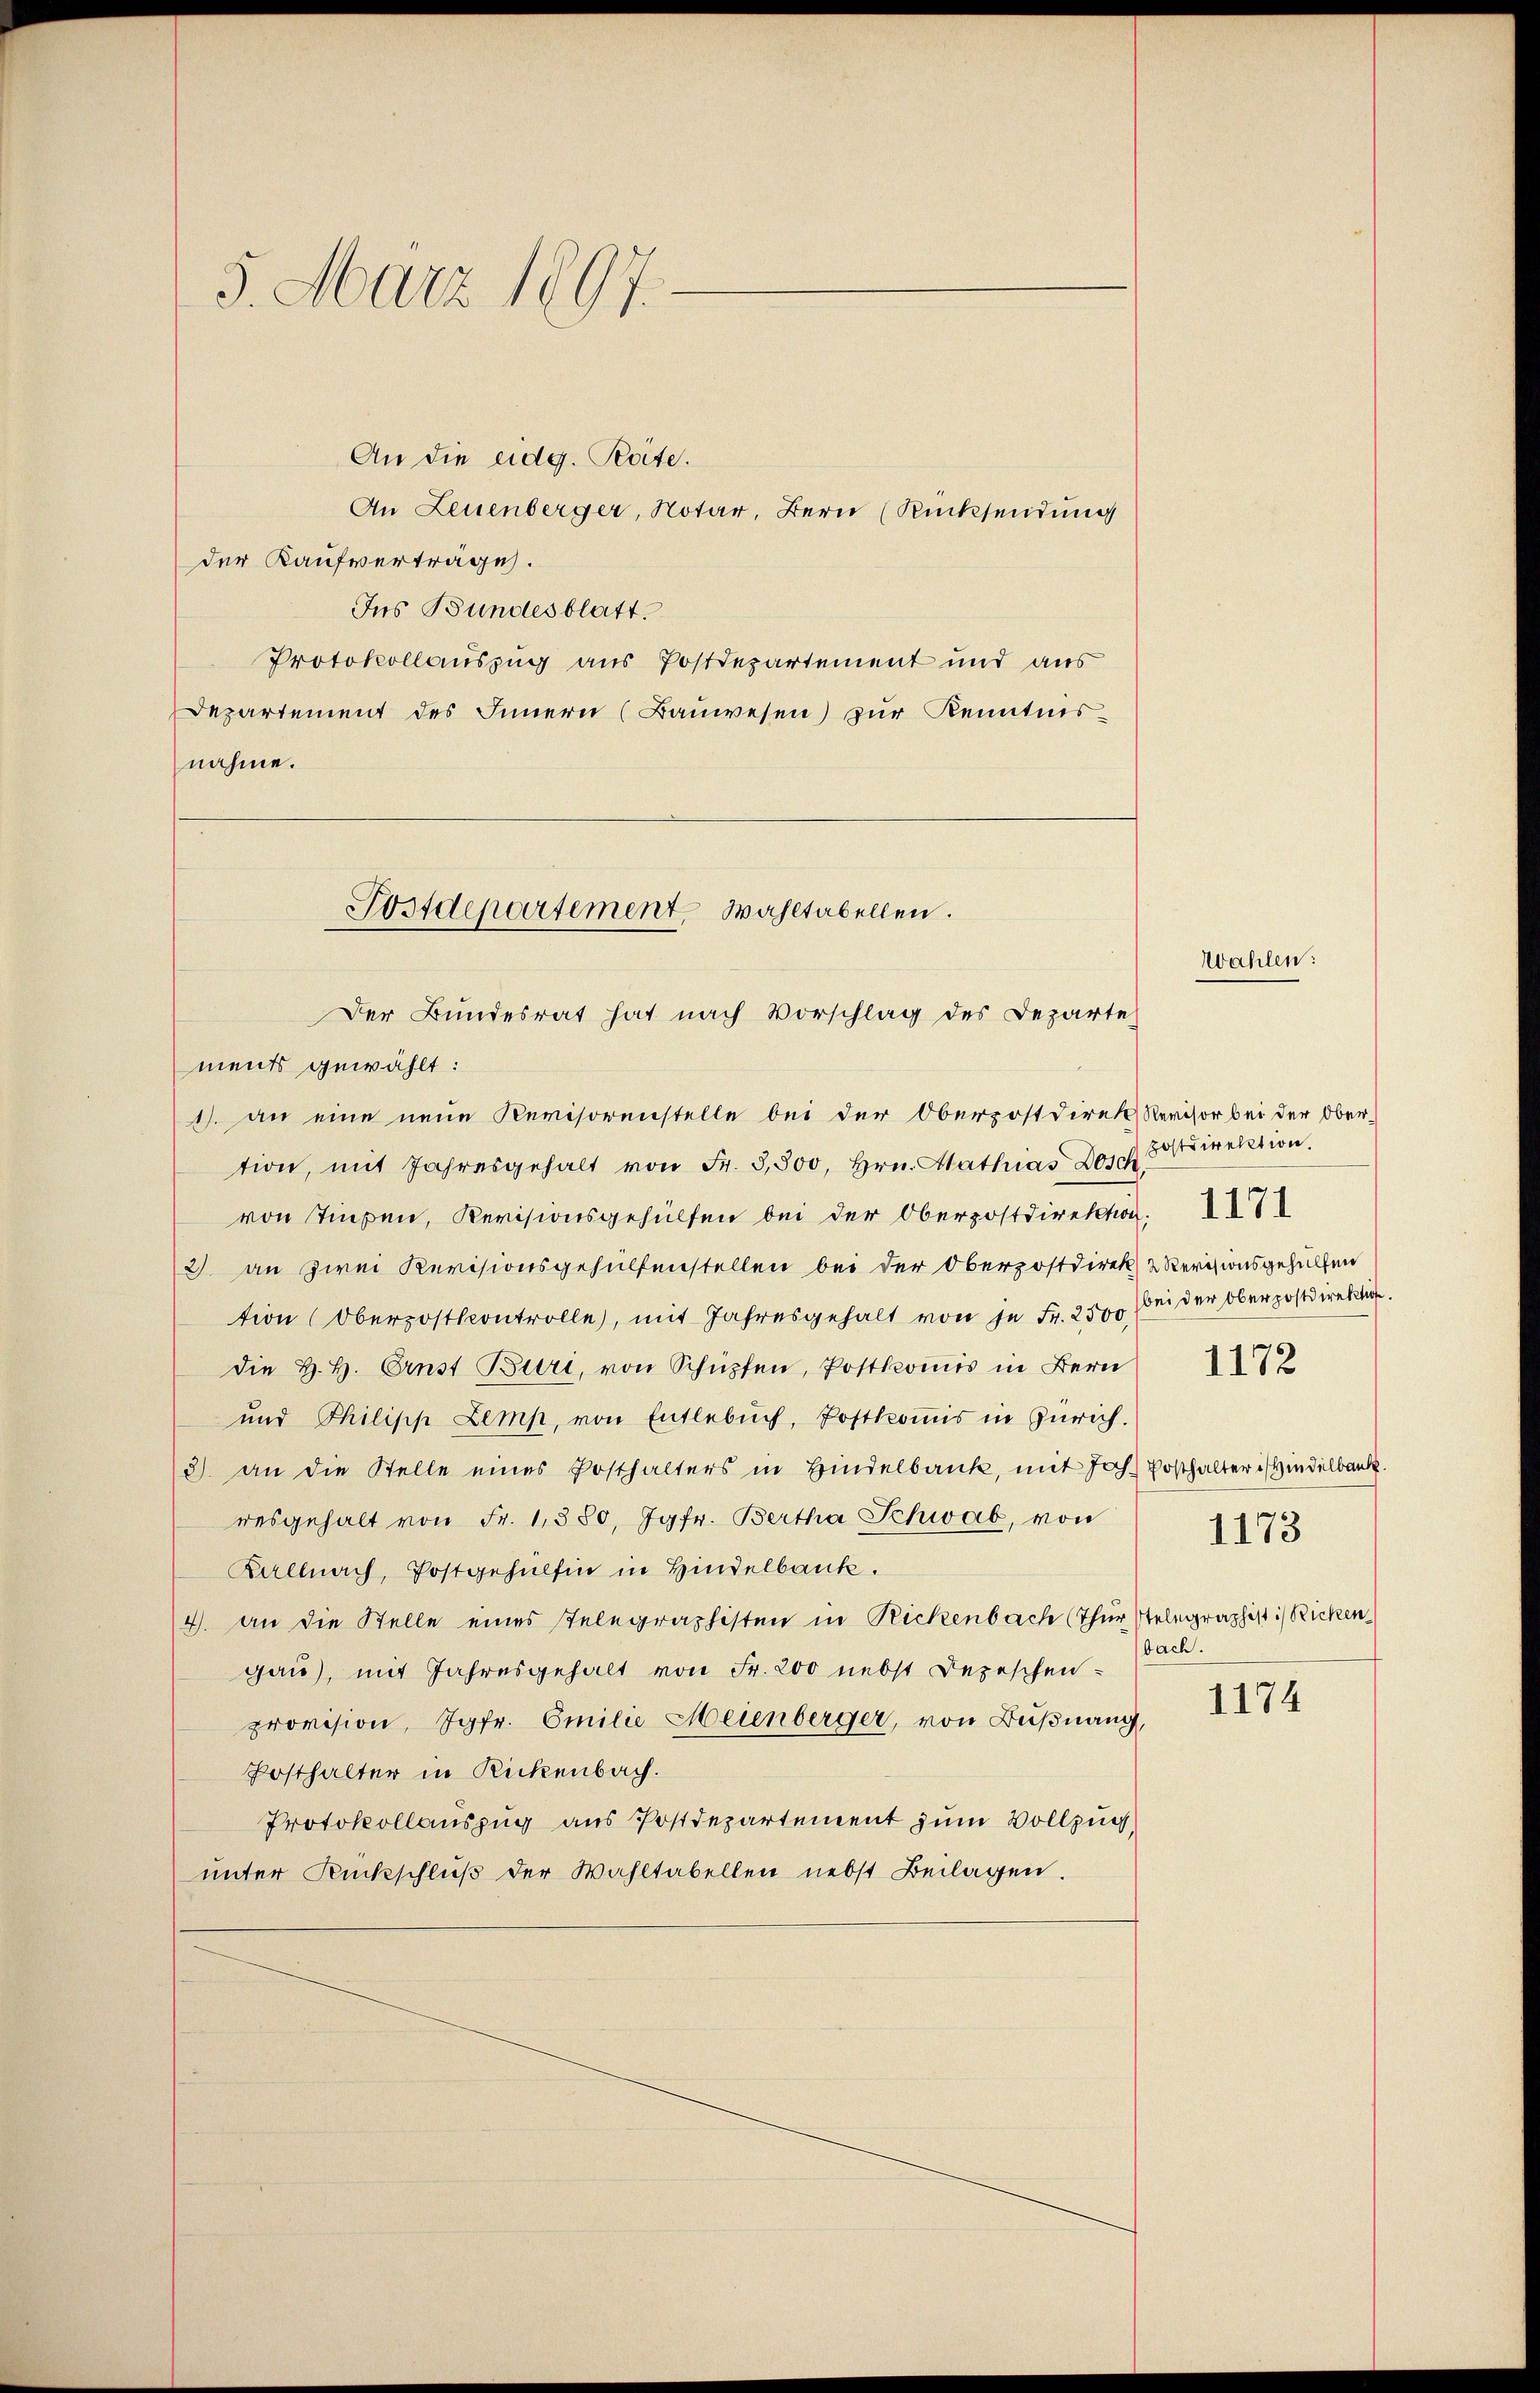
5. März 1897.

An die eidg. Roite.
An Leuenberger, Notar, Bern (Rücksendung
der Kaufverträge.
Ins Bundesblatt.
Protokollauszug aus Postdepartement und aus
Departement des Innern (Bauwesen) zur Kenntnis-
nahme.

Postdepartement Wahltabellen.
Der Bundesrat hat nach Vorschlag des Departe
ments gewählt:

1). An eine neue Revisorenstelle bei der Oberpostdirek Revisor bei der Ober-
tion, mit Jahresgehalt von Fr. 3,500, Hrn. Mathias Dosch
von Tiesen, Revisionsgehülfen bei der Oberpostdirektion
2) an zwei Revisionsgehülfenstellen bei der Oberzostdirek & Revisionsgehülfen
tion (Oberpostkontrolle, mit Jahresgehalt von je Fr. 2500.
die H. H. Ernst Buri, von Schüpfen, Postkomis in Bern
und Philipp Zemp, von Entlebŭch, Postkoṁis in Zürich.
3) an die Stelle eines Posthalters in Hindelbank, mit Joh. Posthalters Hindelbank.
resgehalt von Fr. 1380, Jgfr. Bertha Schwab, von
Kallnach, Postgehülfen in Hindelbank.
4. an die Stelle eines Telegraphisten in Rickenbach (Thur stelegraphist:/ Ricken
gau), mit Jahresgehalt von Fr. 200 nebst Depeschen-
provision, Jgfr. Emilie Meienberger, von Bußnang,
Posthalter in Rickenbach.
Protokollauszug aus Postdepartement zum Vollzug
unter Rückschlŭβ der Wahltabellen nebst Beilagen.

Wahlen:

postdirektion.
bei der Oberpostdirektion.
1173
bach.

1172

1174